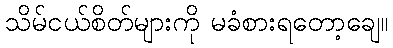
သိမ်ငယ်စိတ်များကို မခံစားရတော့ချေ။